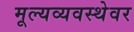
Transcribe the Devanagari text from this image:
मूल्यव्यवस्थेवर